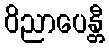
ဝိညာပေန္တီ